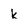
Character: k